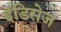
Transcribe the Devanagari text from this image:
इंडिसेज